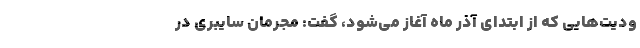
ودیت‌هایی که از ابتدای آذر ماه آغاز می‌شود، گفت: مجرمان سایبری در